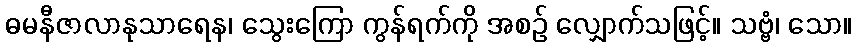
ဓမနီဇာလာနုသာရေန၊ သွေးကြော ကွန်ရက်ကို အစဉ် လျှောက်သဖြင့်။ သဗ္ဗံ၊ သော။